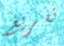
تفريغ